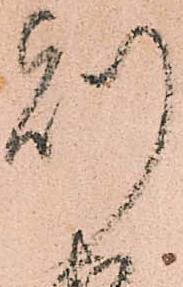
則